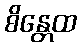
စိန္တေထ